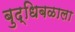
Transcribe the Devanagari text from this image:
बुद्धिबळाला